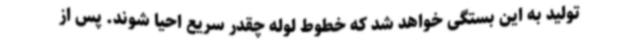
تولید به این بستگی خواهد شد که خطوط لوله چقدر سریع احیا شوند. پس از